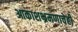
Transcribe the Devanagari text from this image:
आकाशभ्रमणाचेही